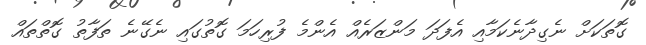
ގޮތަކަށް ނެގިދާނެކަމާއި އެފަދަ މަންޒަރެއް އެންމެ ފުރިހަމަ ގޮތުގައި ނެގޭނެ ތަފާތު ގޮތްތައް